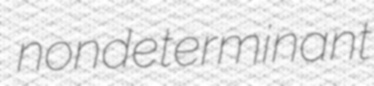
nondeterminant